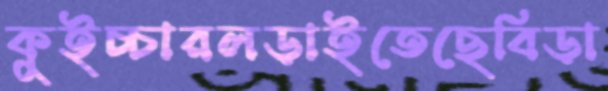
কুইচ্চারলড়াইতেছেবিড়া